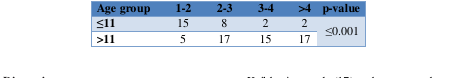
<table><thead><tr><td><b>Age group</b></td><td><b>1-2</b></td><td><b>2-3</b></td><td><b>3-4</b></td><td><b>&gt;4</b></td><td><b>p-value</b></td></tr></thead><tbody><tr><td><b>≤11</b></td><td>15</td><td>8</td><td>2</td><td>2</td><td rowspan="2"> ≤0.001</td></tr><tr><td><b>&gt;11</b></td><td>5</td><td>17</td><td>15</td><td>17</td></tr></tbody></table>